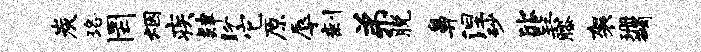
炭珞罔烟疾肄盼它原辱剩弟脱鼻涅砂欣巽膝袈珊蠲